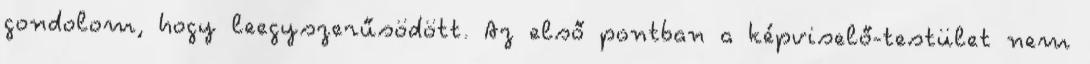
gondolom, hogy leegyszerűsödött. Az első pontban a képviselő-testület nem